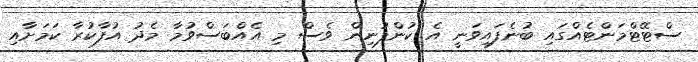
ސްޓޭޓްމަންޓެއްގައި ބުނެފައިވަނީ އެ ކުންފުނިން ވެސް މި އެއްބަސްވުމާ މެދު އުފާކުރާ ކަމަށާއި